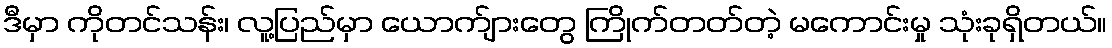
ဒီမှာ ကိုတင်သန်း၊ လူ့ပြည်မှာ ယောက်ျားတွေ ကြိုက်တတ်တဲ့ မကောင်းမှု သုံးခုရှိတယ်။